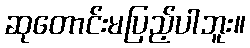
ဆုတောင်းမပြည့်ပါဘူး။